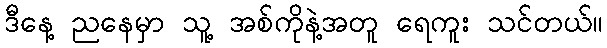
ဒီနေ့ ညနေမှာ သူ့ အစ်ကိုနဲ့အတူ ရေကူး သင်တယ်။